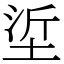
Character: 垽